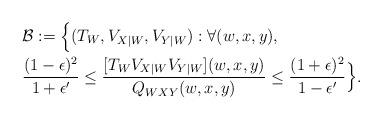
LaTeX: \begin{align*} & {\cal B}:=\Bigl\{(T_{W},V_{X|W},V_{Y|W}):\forall(w,x,y), \\ & \frac{(1-\epsilon)^{2}}{1+\epsilon'}\leq\frac{[T_{W}V_{X|W}V_{Y|W}](w,x,y)}{Q_{WXY}(w,x,y)}\leq\frac{(1+\epsilon)^{2}}{1-\epsilon'}\Bigr\}.\end{align*}